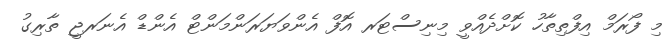
މި ފޯރަމް އިފްތިތާހު ކޮށްދެއްވީ މިނިސްޓަރ އޮފް އެންވަޔަރަންމަންޓް އެންޑް އެނަރޖީ ތާރިގު